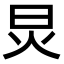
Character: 炅